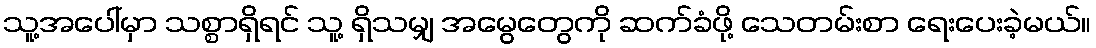
သူ့အပေါ်မှာ သစ္စာရှိရင် သူ့ ရှိသမျှ အမွေတွေကို ဆက်ခံဖို့ သေတမ်းစာ ရေးပေးခဲ့မယ်။